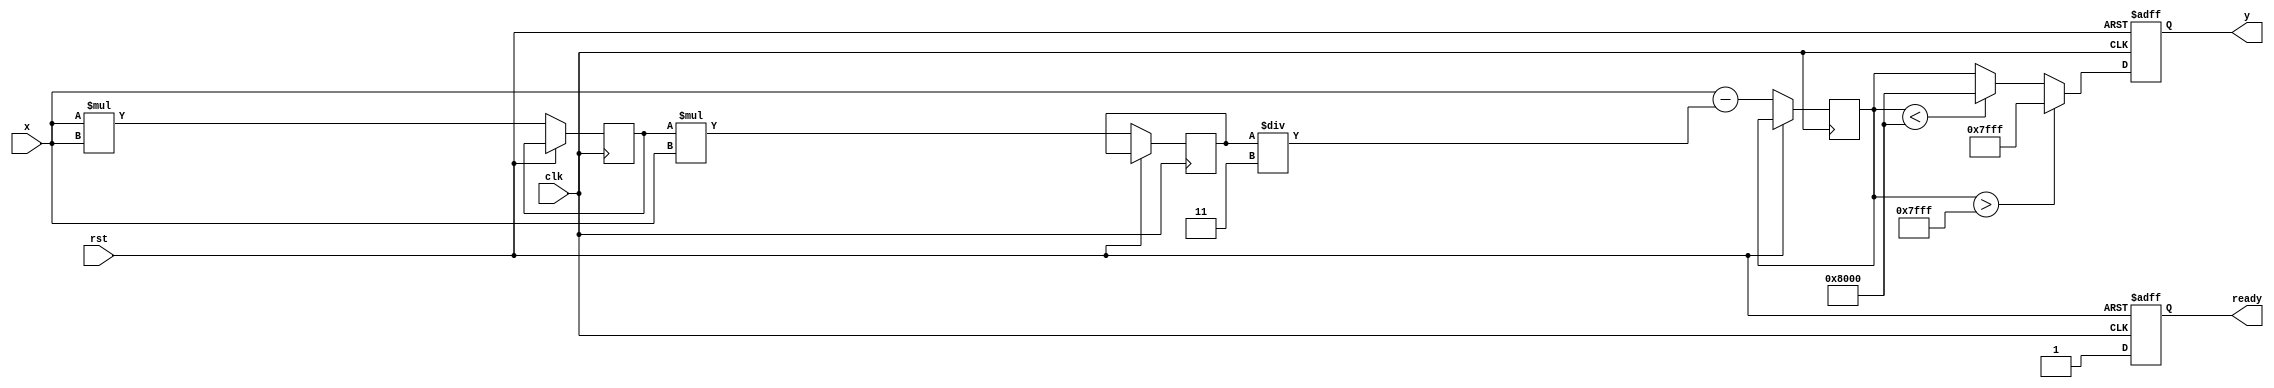
module tanh_block (
    input wire clk,
    input wire rst,
    input wire [15:0] x, // 16-bit fixed-point input
    output reg [15:0] y,  // 16-bit fixed-point output
    output reg ready      // Signal to indicate output is ready
);

    // Parameters
    parameter WIDTH = 16; // Bit-width for input and output
    parameter MAX_OUTPUT = 16'h7FFF; // Maximum output value (1.0 in fixed-point)
    parameter MIN_OUTPUT = 16'h8000; // Minimum output value (-1.0 in fixed-point)

    // Polynomial coefficients for tanh approximation (example coefficients)
    // Using a simple 3rd degree polynomial approximation: tanh(x)  x - x^3/3
    reg signed [WIDTH-1:0] coeff1 = 16'h0001; // 1.0
    reg signed [WIDTH-1:0] coeff2 = 16'hFFFF; // -1.0 (for x^3/3)
    reg signed [WIDTH-1:0] coeff3 = 16'h0003; // 3.0 (for division by 3)

    // Internal signals
    reg signed [WIDTH-1:0] x_squared;
    reg signed [WIDTH-1:0] x_cubed;
    reg signed [WIDTH-1:0] tanh_approx;
    
    // Control logic
    always @(posedge clk or posedge rst) begin
        if (rst) begin
            y <= 16'h0000; // Reset output
            ready <= 0;    // Reset ready signal
        end else begin
            // Compute x^2
            x_squared <= x * x;

            // Compute x^3
            x_cubed <= x_squared * x;

            // Compute tanh approximation: tanh(x)  x - (x^3 / 3)
            tanh_approx <= x - (x_cubed / coeff3);

            // Clamp output to the range [-1, 1]
            if (tanh_approx > MAX_OUTPUT) begin
                y <= MAX_OUTPUT;
            end else if (tanh_approx < MIN_OUTPUT) begin
                y <= MIN_OUTPUT;
            end else begin
                y <= tanh_approx;
            end

            ready <= 1; // Indicate output is ready
        end
    end

endmodule